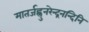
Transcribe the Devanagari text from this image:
मातर्जह्नुनरेन्द्रनन्दिनि